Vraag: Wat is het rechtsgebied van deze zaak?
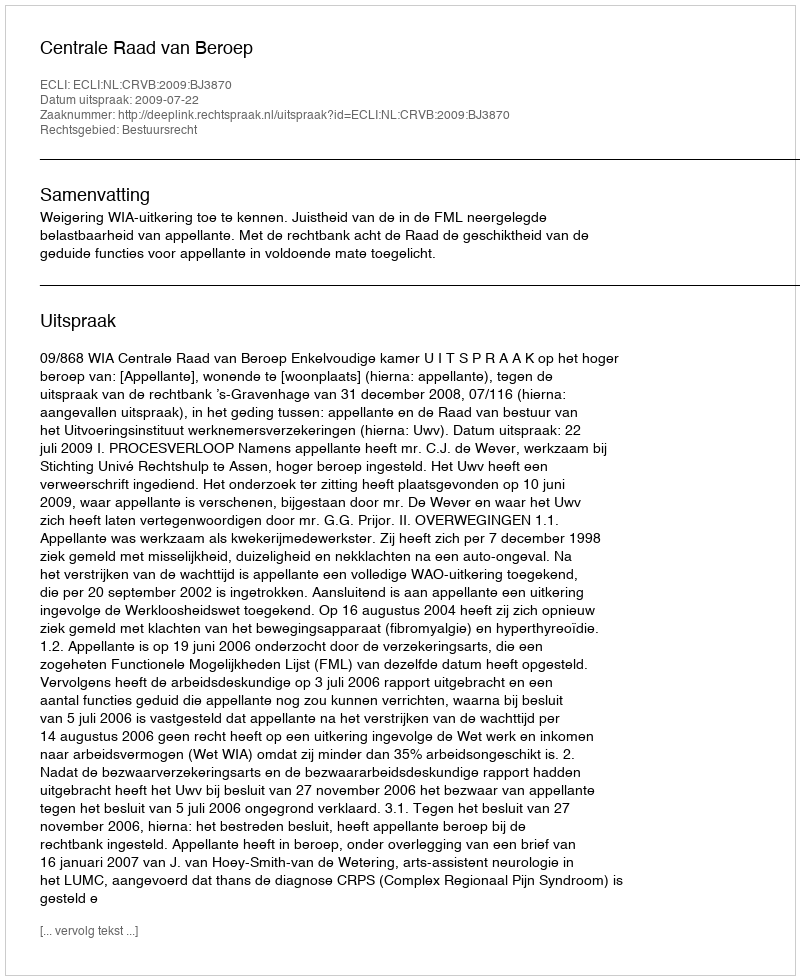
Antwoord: Bestuursrecht